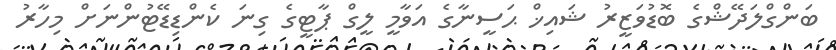
ބަންގްލަދޭޝްގެ ބޮޑުވަޒީރު ޝައިޚް ޙަސީނާގެ އަވާމީ ލީގް ޕާޓީގެ ގިނަ ކެންޑިޑޭޓުންނަށް މިހާރު